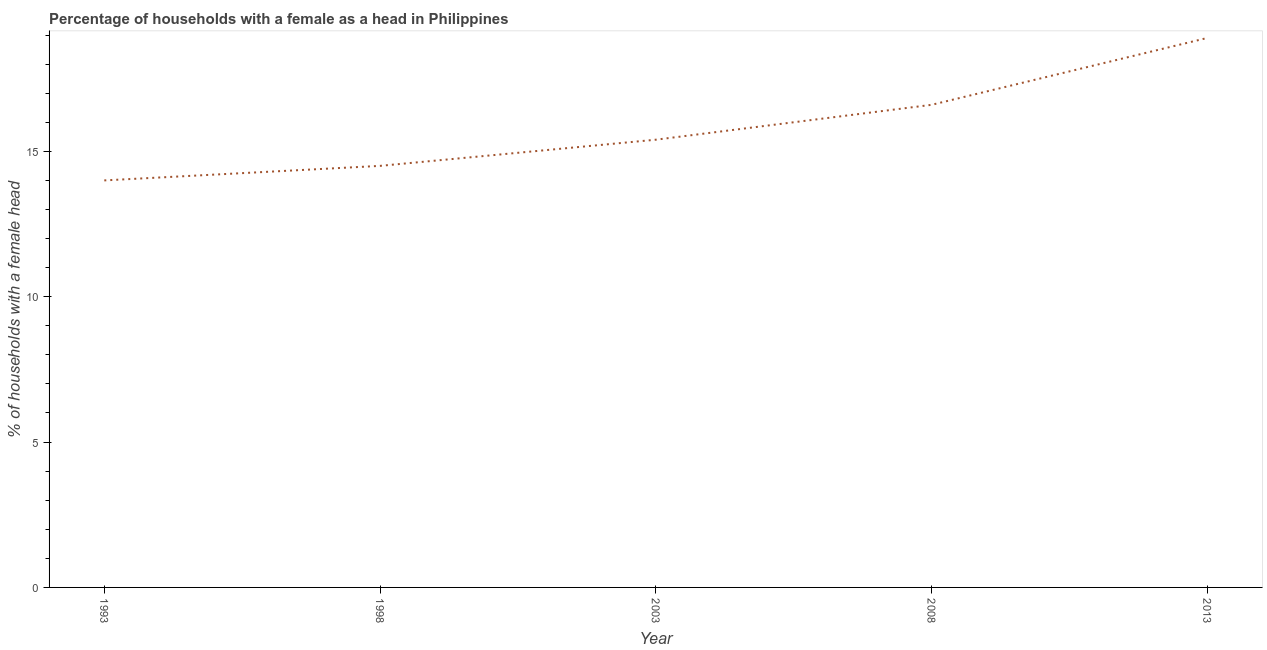
| Year | Female headed households |
 | --- | --- |
 | 1993 | 14 |
 | 1998 | 14.5 |
 | 2003 | 15.4 |
 | 2008 | 16.6 |
 | 2013 | 18.9 |